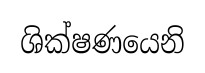
ශික්ෂණයෙනි